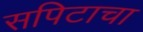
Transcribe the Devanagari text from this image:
सपिटाचा